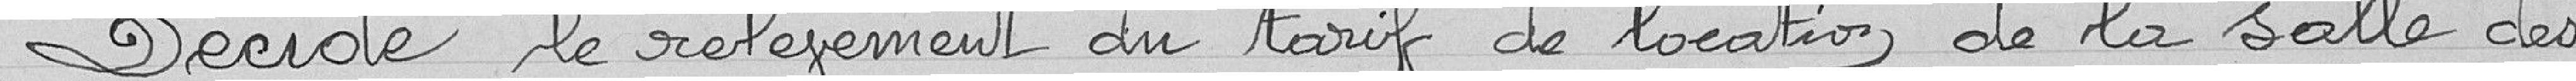
Décide le relèvement du tarif de location de la salle des